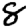
Digit: 8